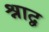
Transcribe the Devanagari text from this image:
श्राद्व